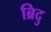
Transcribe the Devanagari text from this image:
ब्रिदु